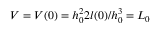
V = V ( 0 ) = h _ { 0 } ^ { 2 } 2 l ( 0 ) / h _ { 0 } ^ { 3 } = L _ { 0 }